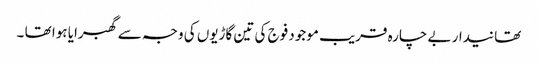
تھانیدار بے چارہ قریب موجود فوج کی تین گاڑیوں کی وجہ سے گھبرایا ہوا تھا ۔